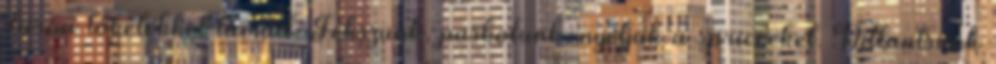
durva löketekkel támad. Fekszünk, paskolunk, nyeljük a spricceket. Villantsunk